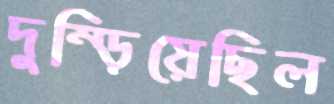
দুম্‌ড়িয়েছিল